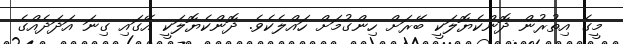
މީގެ އިތުރުން ދޮންކެޔޮލަކީ ބޭރަށް ހިންގުމަށް ހައްލެކެވެ. ދޮންކެޔޮލަކީ އޭގައި ގިނަ އަދަދެއްގެ